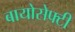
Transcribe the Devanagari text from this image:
बायोसेफ्टी